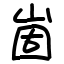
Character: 崮